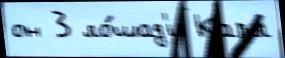
он 3 ло́шад'и Карл